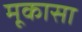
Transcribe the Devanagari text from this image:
मूकासा